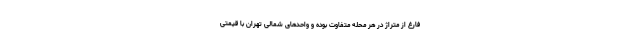
فارغ از متراژ در هر محله متفاوت بوده و واحدهای شمالی تهران با قیمتی